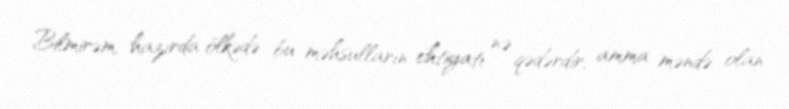
Bilmirəm, hazırda ölkədə bu məhsulların ehtiyatı nə qədərdir, amma məndə olan